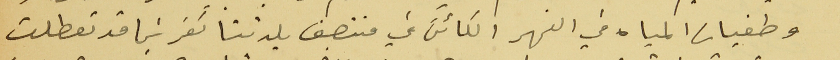
وطغيان المياه في النهر الكائن في منتصف بلدتنا كفرشيما قد تعطلت